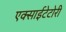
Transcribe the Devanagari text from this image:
एक्साईटेटोरी